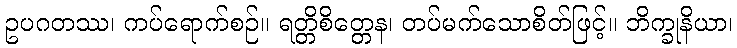
ဥပဂတဿ၊ ကပ်ရောက်စဉ်။ ရတ္တိစိတ္တေန၊ တပ်မက်သောစိတ်ဖြင့်။ ဘိက္ခုနိယာ၊